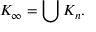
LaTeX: K _ { \infty } = \bigcup K _ { n } .